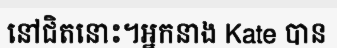
នៅជិតនោះ។អ្នកនាង Kate បាន